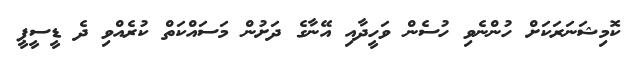
ކޮމިޝަނަރަކަށް ހުންނެވި ހުސެން ވަހީދާއި އޭނާގެ ދަށުން މަސައްކަތް ކުރެއްވި ދެ ޑީސީޕީ